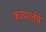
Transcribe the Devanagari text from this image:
कायार्लये